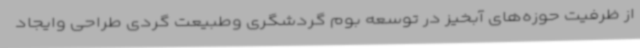
از ظرفیت حوزه‌های آبخیز در توسعه بوم گردشگری وطبیعت گردی طراحی وایجاد